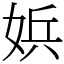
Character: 娦